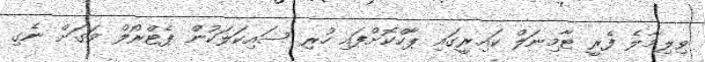
ވިލިމާލެ ފެރީ ޓާމިނަލް ކައިރީގައި ޕާކްކޮށްފައި ހުރި ސައިކަލަކުން ޕެޓްރޯލް ވަގަށް ނެގި